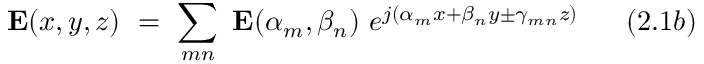
\mathbf { E } ( x , y , z ) ~ = ~ \sum _ { m n } ~ \mathbf { E } ( \alpha _ { m } , \beta _ { n } ) ~ e ^ { j ( \alpha _ { m } x + \beta _ { n } y \pm \gamma _ { m n } z ) } ~ ~ ~ ~ ~ ( 2 . 1 b )